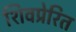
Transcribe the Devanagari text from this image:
शिवप्रेरित